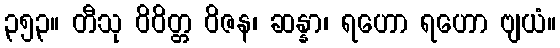
၃၅၃။ တီသု ဝိဝိတ္တ ဝိဇန၊ ဆန္နာ၊ ရဟော ရဟော ဗျယံ။